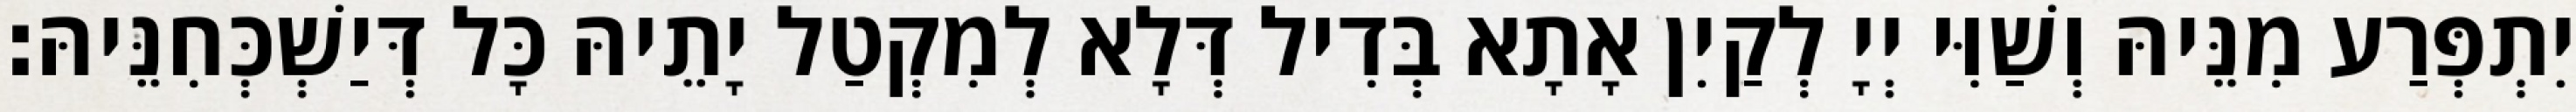
יִתְפְּרַע מִנֵּיהּ וְשַׁוִּי יְיָ לְקַיִן אָתָא בְּדִיל דְּלָא לְמִקְטַל יָתֵיהּ כָּל דְּיַשְׁכְּחִנֵּיהּ׃